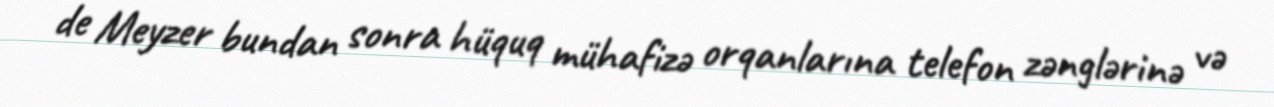
de Meyzer bundan sonra hüquq mühafizə orqanlarına telefon zənglərinə və